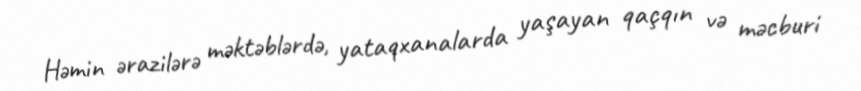
Həmin ərazilərə məktəblərdə, yataqxanalarda yaşayan qaçqın və məcburi